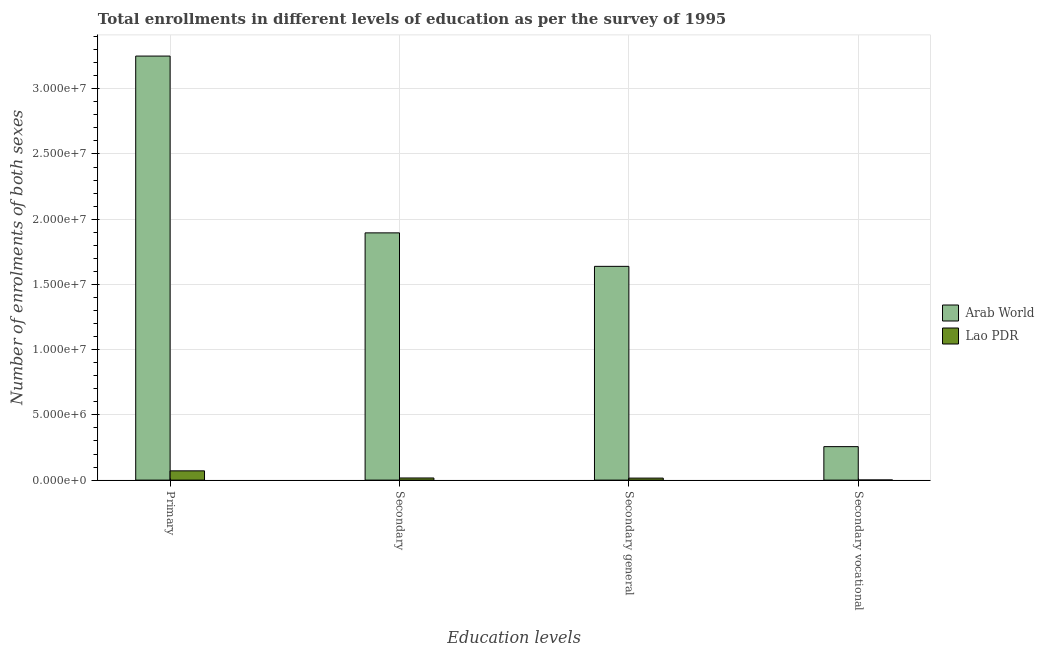
| Education levels | Arab World | Lao PDR |
 | --- | --- | --- |
 | Primary | 3.25e+07 | 7.11e+05 |
 | Secondary | 1.9e+07 | 1.64e+05 |
 | Secondary general | 1.64e+07 | 1.54e+05 |
 | Secondary vocational | 2.57e+06 | 9.48e+03 |